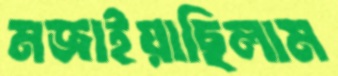
মজাইয়াছিলাম